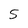
Character: S